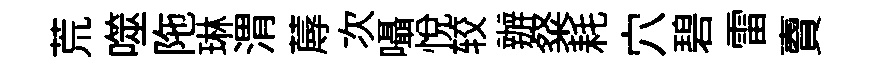
荒噬陁琳渭蓐次囁悅较辦粲耗穴碧雷𧶠